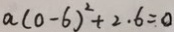
a ( 0 - 6 ) ^ { 2 } + 2 . 6 = 0